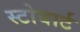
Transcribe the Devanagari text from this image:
स्टोबार्ट